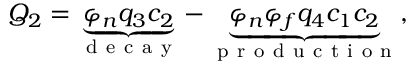
Q _ { 2 } = \underbrace { \varphi _ { n } q _ { 3 } c _ { 2 } } _ { \mathrm { ~ d ~ e ~ c ~ a ~ y ~ } } - \underbrace { \varphi _ { n } \varphi _ { f } q _ { 4 } c _ { 1 } c _ { 2 } } _ { \mathrm { ~ p ~ r ~ o ~ d ~ u ~ c ~ t ~ i ~ o ~ n ~ } } ,